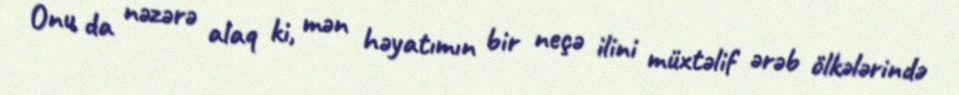
Onu da nəzərə alaq ki, mən həyatımın bir neçə ilini müxtəlif ərəb ölkələrində